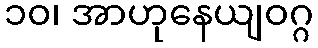
၁၀၊ အာဟုနေယျဝဂ္ဂ